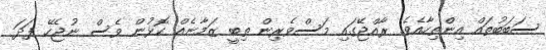
ސަބަބުތައް އިންތިހާއެވެ. ރާއްޖޭގައި މަސްވެރިން ތިބީ ޒަމާނެއް ކޮޅުން ވެސް ނުޖެހޭ ފަދަ